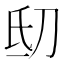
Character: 𬇉